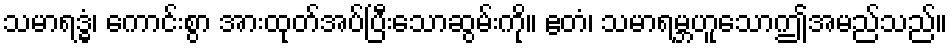
သမာရဒ္ဓံ၊ ကောင်းစွာ အားထုတ်အပ်ပြီးသောဆွမ်းကို။ ဧတံ၊ သမာရမ္ဘဟူသောဤအမည်သည်။